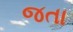
જતા